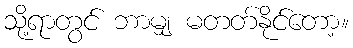
သို့ရာတွင် ဘာမျှ မတတ်နိုင်တော့။